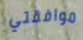
موافقتي